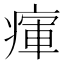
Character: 瘒